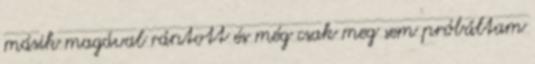
másik magával rántott és még csak meg sem próbáltam